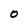
Character: 0